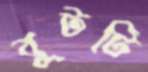
বুটটি